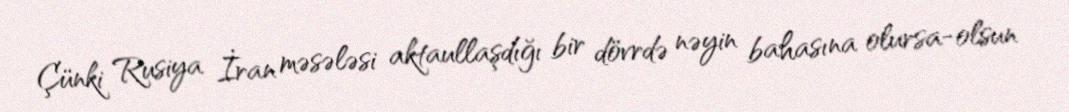
Çünki Rusiya İran məsələsi aktaullaşdığı bir dövrdə nəyin bahasına olursa-olsun